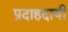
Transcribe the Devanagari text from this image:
प्रदाहदायी